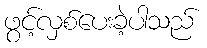
ဖွင့်လှစ်ပေးခဲ့ပါသည်